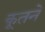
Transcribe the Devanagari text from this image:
कूतने